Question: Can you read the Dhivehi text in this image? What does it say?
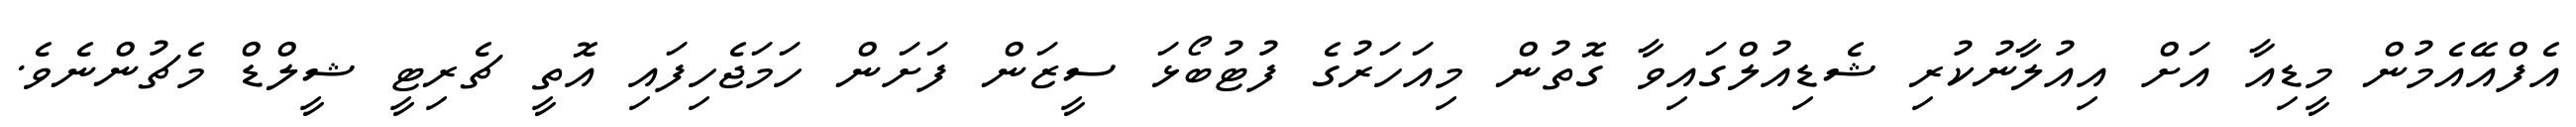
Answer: އެފްއޭއެމުން މީޑިއާ އަށް އިއުލާނުކުރި ޝެޑިއުލްގައިވާ ގޮތުން މިއަހަރުގެ ފުޓުބޯޅަ ސީޒަން ފަށަން ހަމަޖެހިފައި އޮތީ ޗެރިޓީ ޝީލްޑް މެޗުންނެވެ.